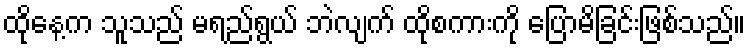
ထိုနေ့က သူသည် မရည်ရွယ် ဘဲလျက် ထိုစကားကို ပြောမိခြင်းဖြစ်သည်။